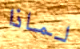
لماذا